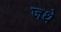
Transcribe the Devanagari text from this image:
जथे